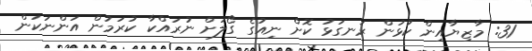
31: މާޒިޔާއިން ކުޅުން ރަނގަޅު ކޮށް ނިއުގެ ގޯލަށް ނުރައްކާ ކުރަމުން އަންނަކަން